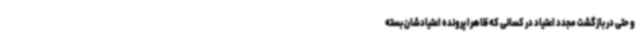
و حتی در بازگشت مجدد اعتیاد در کسانی که ظاهرا پرونده اعتیادشان بسته